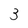
Character: 3